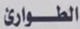
الطوارئ